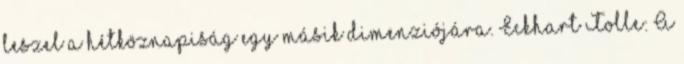
leszel a hétköznapiság egy másik dimenziójára. Eckhart Tolle: A